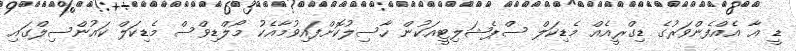
ޑީ އާ އެއްފެންވަރުގެ ޑިގްރީއެއް މެޑިކަލް ސްޕެޝަލިޓީއަކުން ހާސިލުކޮށްފައިވުމާއެކު މޯލްޑިވްސް މެޑިކަލް ކައުންސިލްގައި